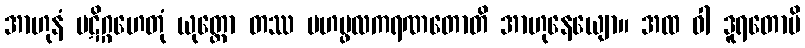
အာဟုနံ ပဋိဂ္ဂဟေတုံ ယုတ္တော တဿ မဟပ္ဖလကရဏတောတိ အာဟုနေယျော။ အထ ဝါ ဒူရတောပိ